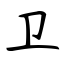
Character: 卫